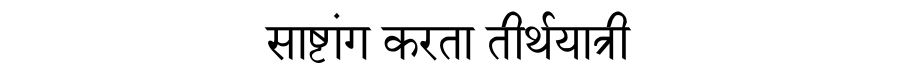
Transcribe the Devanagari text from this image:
साष्टांग करता तीर्थयात्री